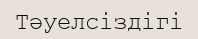
Тәуелсіздігі